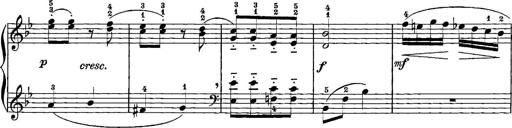
Title: 12 Sonatinas
Composer: Ignaz Pleyel